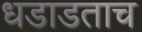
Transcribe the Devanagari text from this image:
धडाडताच